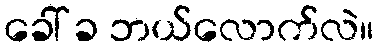
ခေါ် ခ ဘယ်လောက်လဲ။